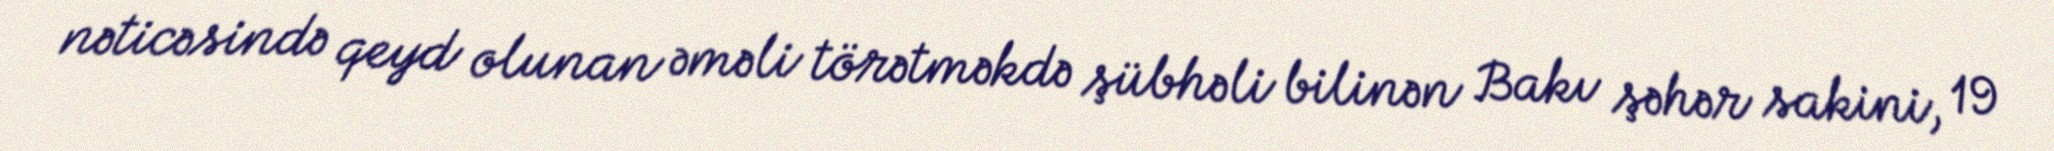
nəticəsində qeyd olunan əməli törətməkdə şübhəli bilinən Bakı şəhər sakini, 19